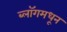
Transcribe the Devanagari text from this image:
ब्लॉगमधून